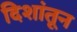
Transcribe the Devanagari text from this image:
दिशांतून